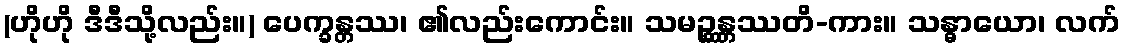
(ဟိုဟို ဒီဒီသို့လည်း။) ပေက္ခန္တဿ၊ ၏လည်းကောင်း။ သမဉ္ဆန္တဿတိ-ကား။ သန္ဓာယော၊ လက်